Trukikaitis_Postimees, lk 17
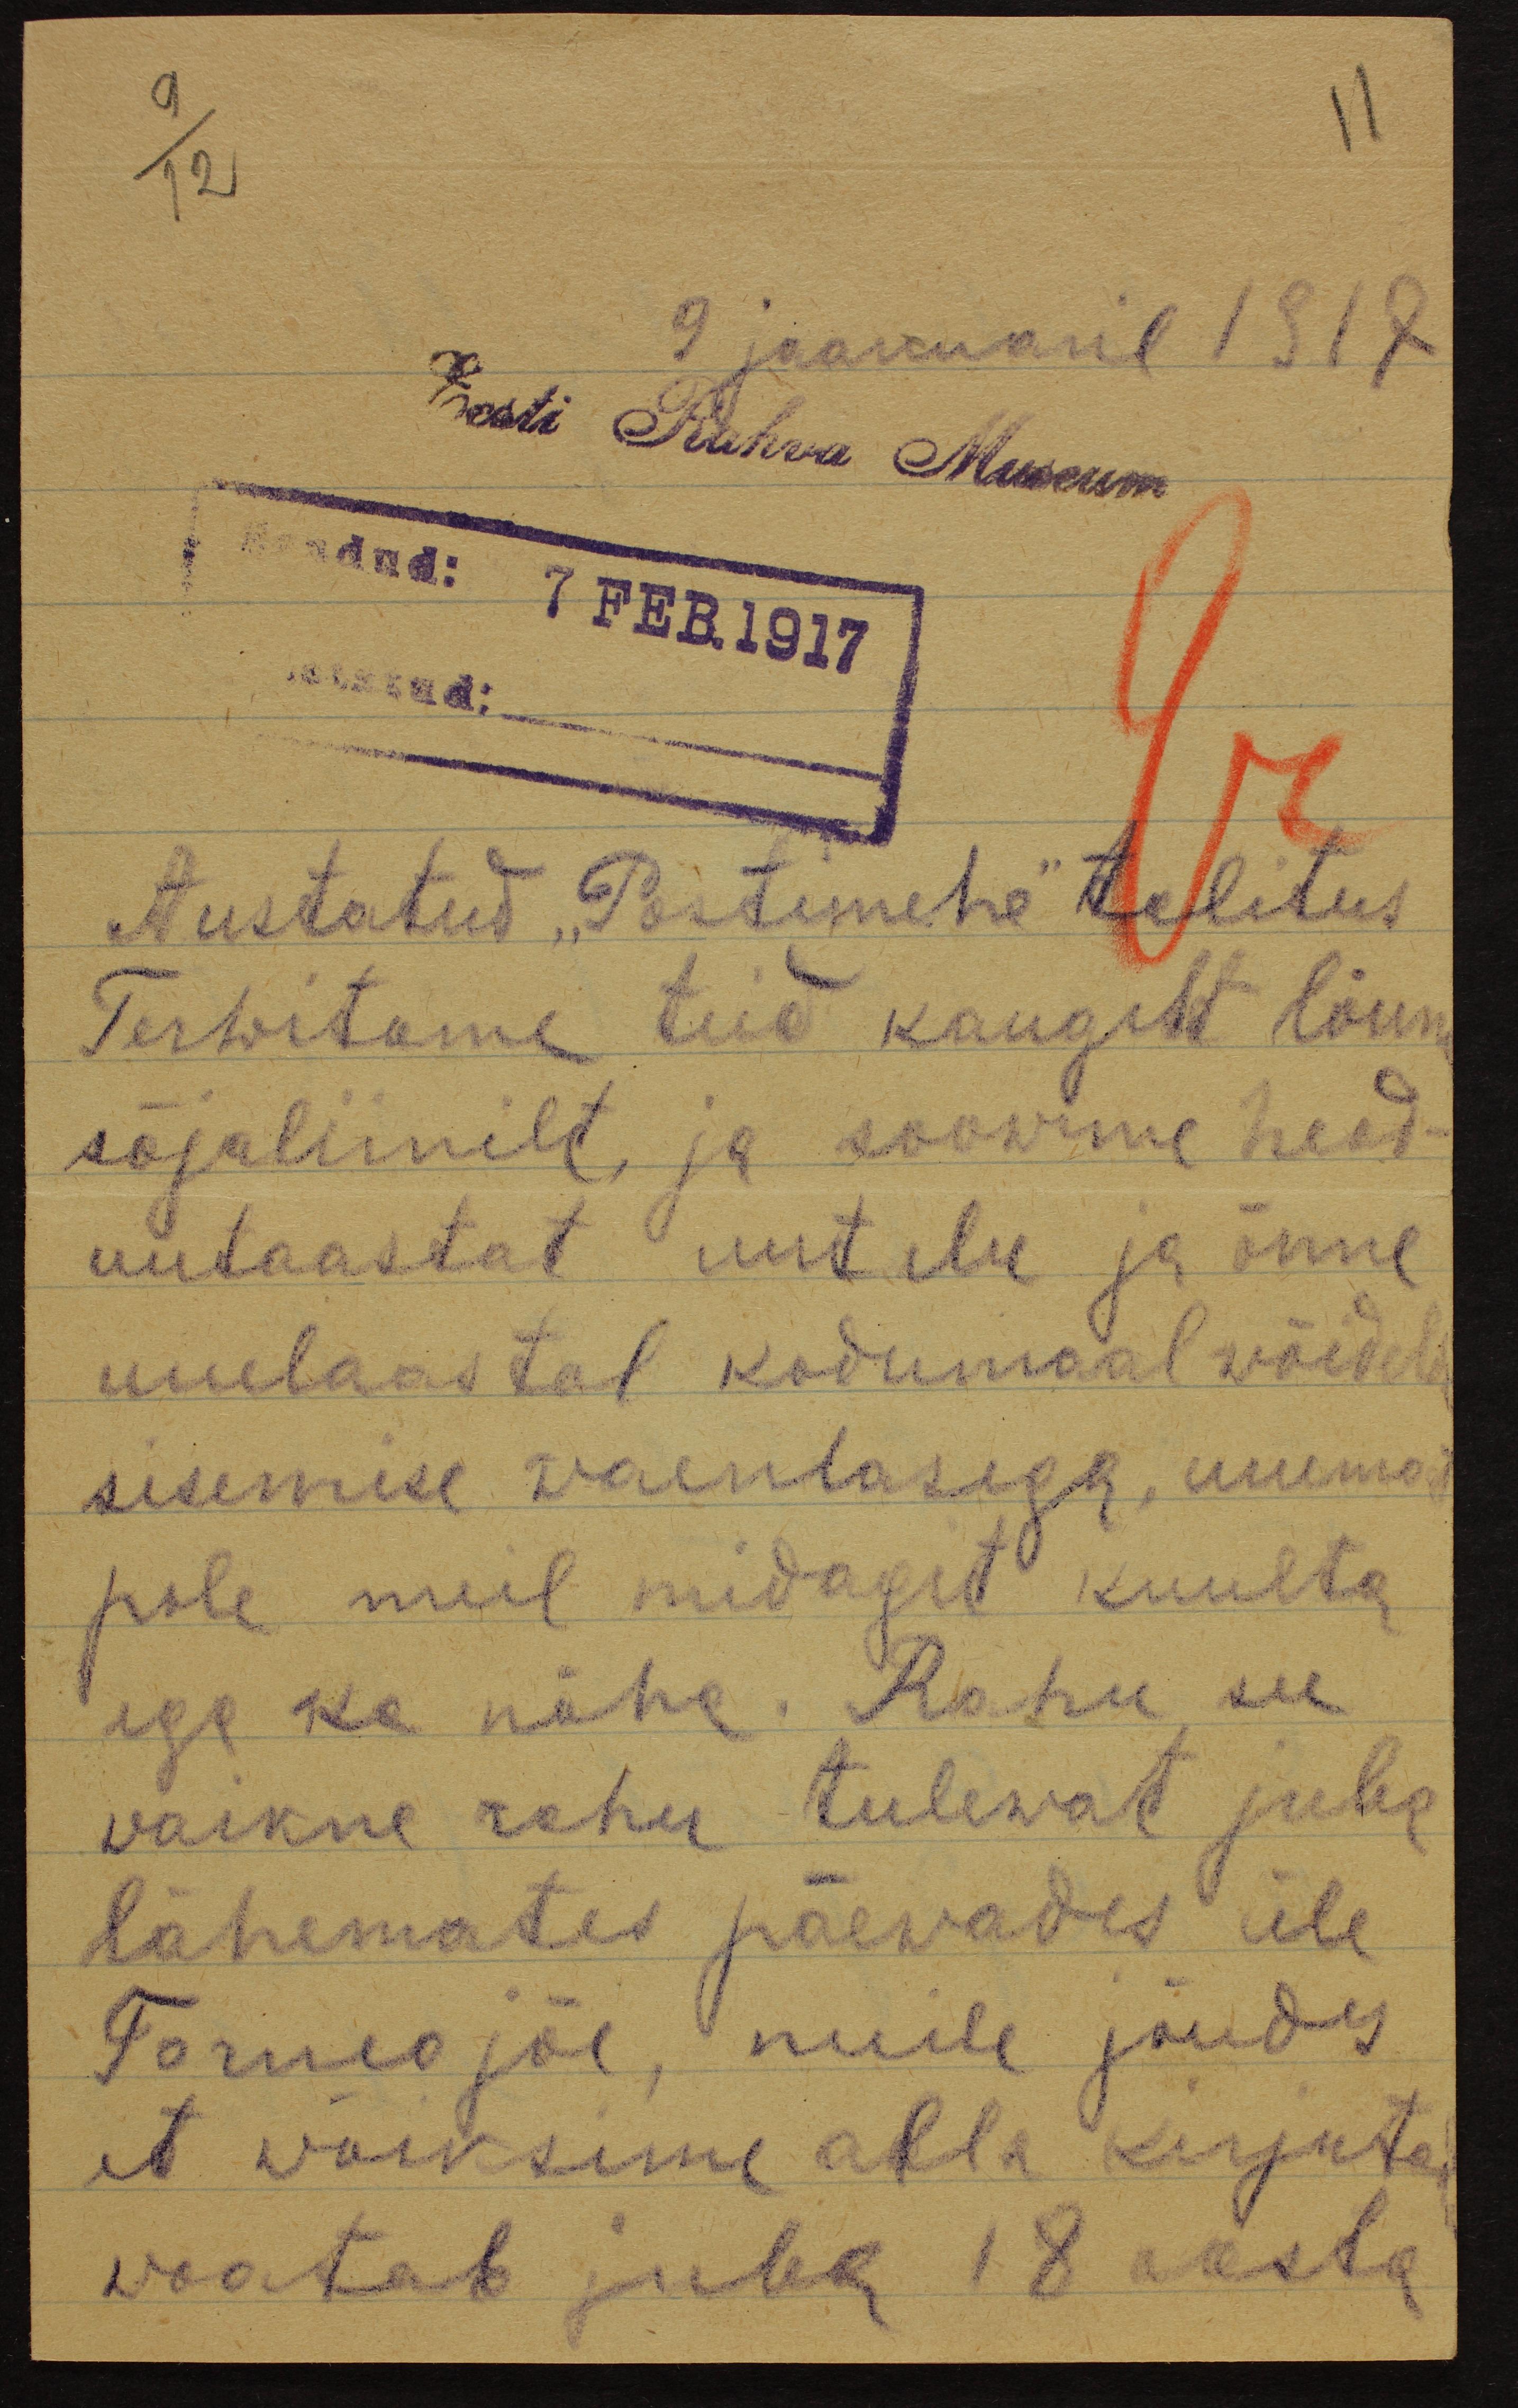
9 jaanuaril 1917
Eesti Rahva Museum
dud: 7 FEB.1917
Austatud "Postimehe" talitus
Terwitame teid kangelt lõun
sõjaliinilt, ja soowime head-
uutaastat uutele ja õnne
uuelaastal kodumaal võidel
sisemise waenlasega, uuemat
pole mul midagi kuulta,
ega ka näha. Rahu see
waikne rahu tulewat juba
lähemates päewades üle
Tomeo jõe, meile jõudes
et wõiksime alla kirjuta
waatab juba 18 aasta